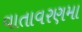
વાતાવરણમા